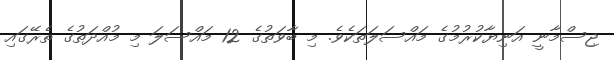
ޖިސްމާނީ އަނިޔާކުރުމުގެ މައްސަލަތަކެވެ. މި ބާވަތުގެ 12 މައްސަލަ މި މުއްދަތުގެ ތެރޭގައި